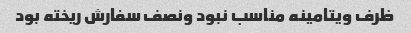
ظرف ویتامینه مناسب نبود ونصف سفارش ریخته بود